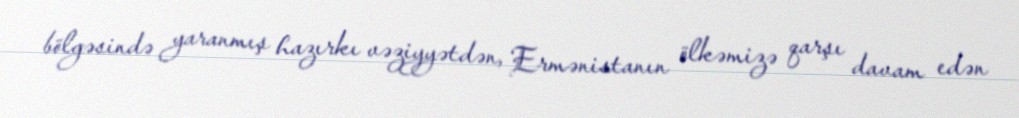
bölgəsində yaranmış hazırkı vəziyyətdən, Ermənistanın ölkəmizə qarşı davam edən